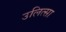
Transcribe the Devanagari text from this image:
उलित्सा